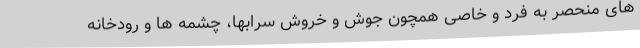
های منحصر به فرد و خاصی همچون جوش و خروش سرابها، چشمه ها و رودخانه